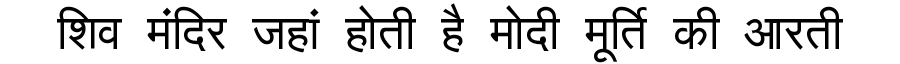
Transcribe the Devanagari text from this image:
शिव मंदिर जहां होती है मोदी मूर्ति की आरती